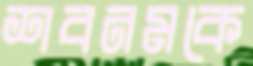
শবনমকে